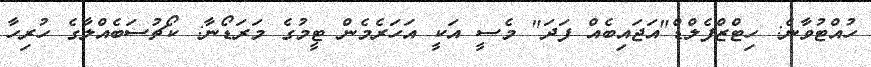
ހުއްޓުވާނެ: ހިޓްޒްފެލްޑް"އަޖައިބެއް ފަދަ" މެސީ އަކީ އަހަރެމެން ޓީމުގެ މަރަޑޯނާ: ކޯޗުސަބެއްލާގެ ހުރިހާ